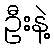
ဦးနဲ့